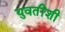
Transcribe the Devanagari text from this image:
युवतींशी